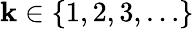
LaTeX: \mathbf{k}\in\{ 1,2,3,\dots\}